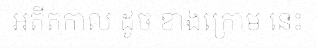
អតីតកាល ដូច ខាងក្រោម នេះ